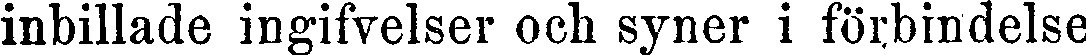
inbillade ingifvelser och syner i förbindelse